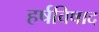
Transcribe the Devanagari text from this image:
हर्षविषाद